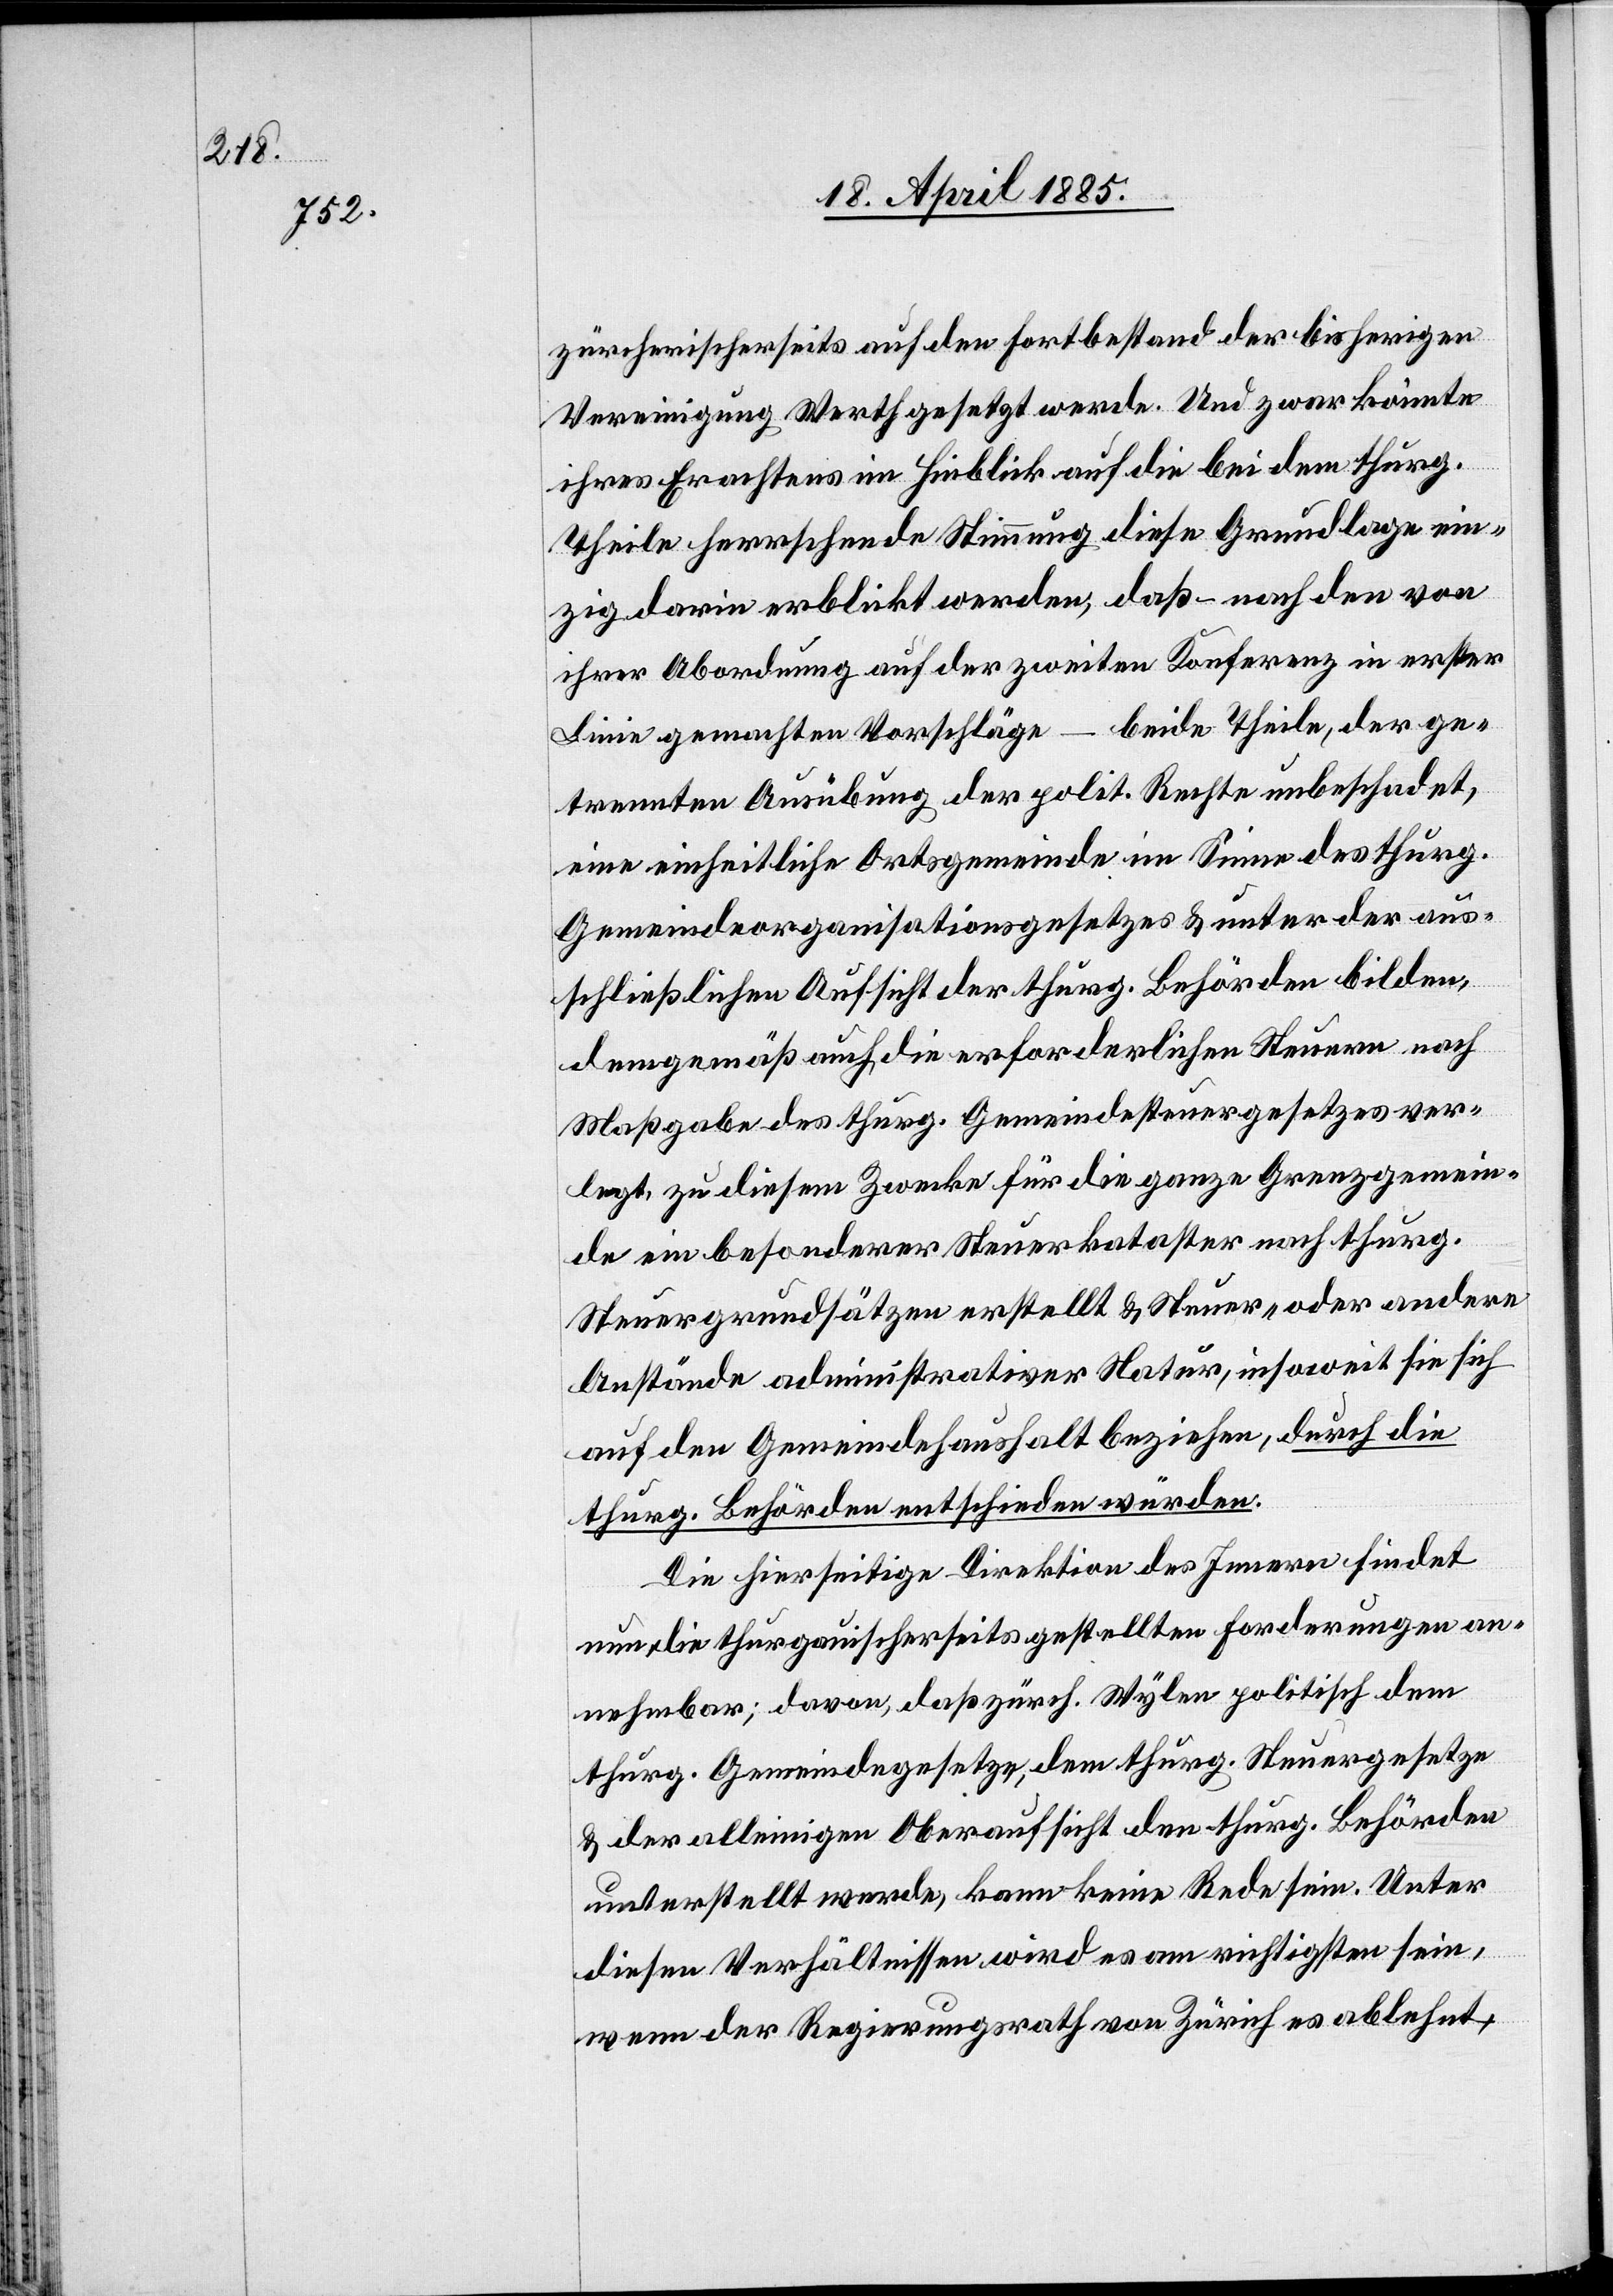
zürcherischerseits auf den Fortbestand der bisherigen
Vereinigung Werth gesetzt werde. Und zwar könnte
ihres Erachtens im Hinblick auf die bei dem thurg.
Theile herrschende Stimmung diese Grundlage ein¬
zig darin erblickt werden, daß – nach den von
ihrer Abordnung auf der zweiten Konferenz in erster
Linie gemachten Vorschläge – beide Theile, der ge¬
trennten Ausübung der polit. Rechte unbeschadet,
eine einheitliche Ortsgemeinde im Sinne des thurg.
Gemeindeorganisationsgesetzes & unter der aus¬
schließlichen Aufsicht der thurg. Behörden bilden,
demgemäß auch die erforderlichen Steuern nach
Maßgabe des thurg. Gemeindesteuergesetzes ver¬
legt, zu diesem Zwecke für die ganze Grenzgemein¬
de ein besonderer Steuerkataster nach thurg.
Steuergrundsätzen erstellt & Steuer- oder andere
Anstände administrativer Natur, insoweit sie sich
auf den Gemeindehaushalt beziehen, durch die
thurg. Behörden entschieden würden.
Die hierseitige Direktion des Innern findet
nun, die thurgauischerseits gestellten Forderungen an¬
nehmbar; davon, daß zürch. Wylen politisch dem
thurg. Gemeindegesetze, dem thurg. Steuergesetze
& der alleinigen Oberaufsicht den thurg. Behörden
unterstellt werde, kann keine Rede sein. Unter
diesen Verhältnissen wird es am richtigsten sein,
wenn der Regierungsrath von Zürich es ablehnt,